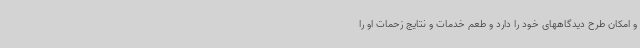
و امکان طرح دیدگاههای خود را دارد و طعم خدمات و نتایج زحمات او را